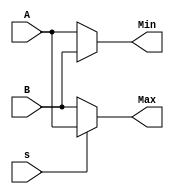
module mux_spec(A,B,s,Max,Min);
input [31:0] A,B;
input s;
output [31:0] Max,Min;
assign Max = s?A:B;
assign Min = S?B:A;
endmodule